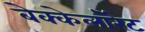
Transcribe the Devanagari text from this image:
बेक्केलॉरेट